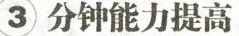
3分钟能力提高